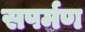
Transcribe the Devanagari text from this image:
सपर्मण